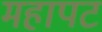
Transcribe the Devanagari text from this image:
महापट